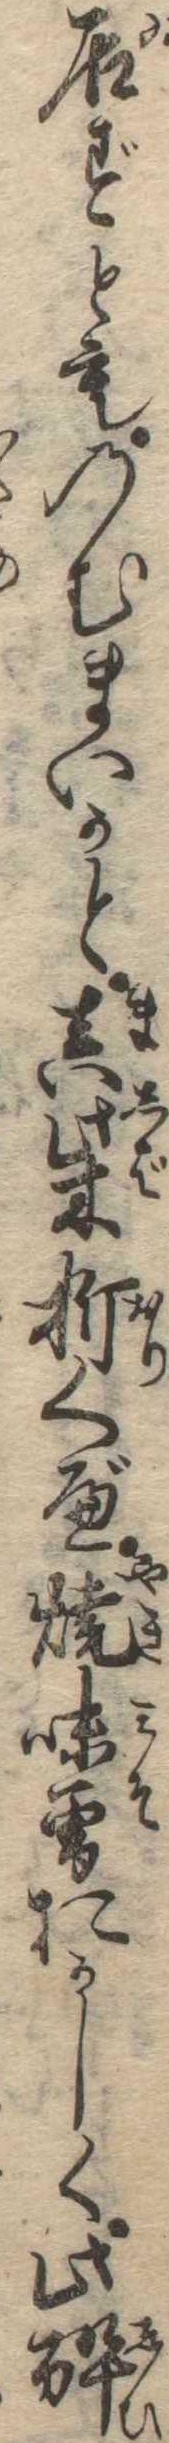
居ずとものむまいかと真柴折くべ焼味噌おかしく此酔